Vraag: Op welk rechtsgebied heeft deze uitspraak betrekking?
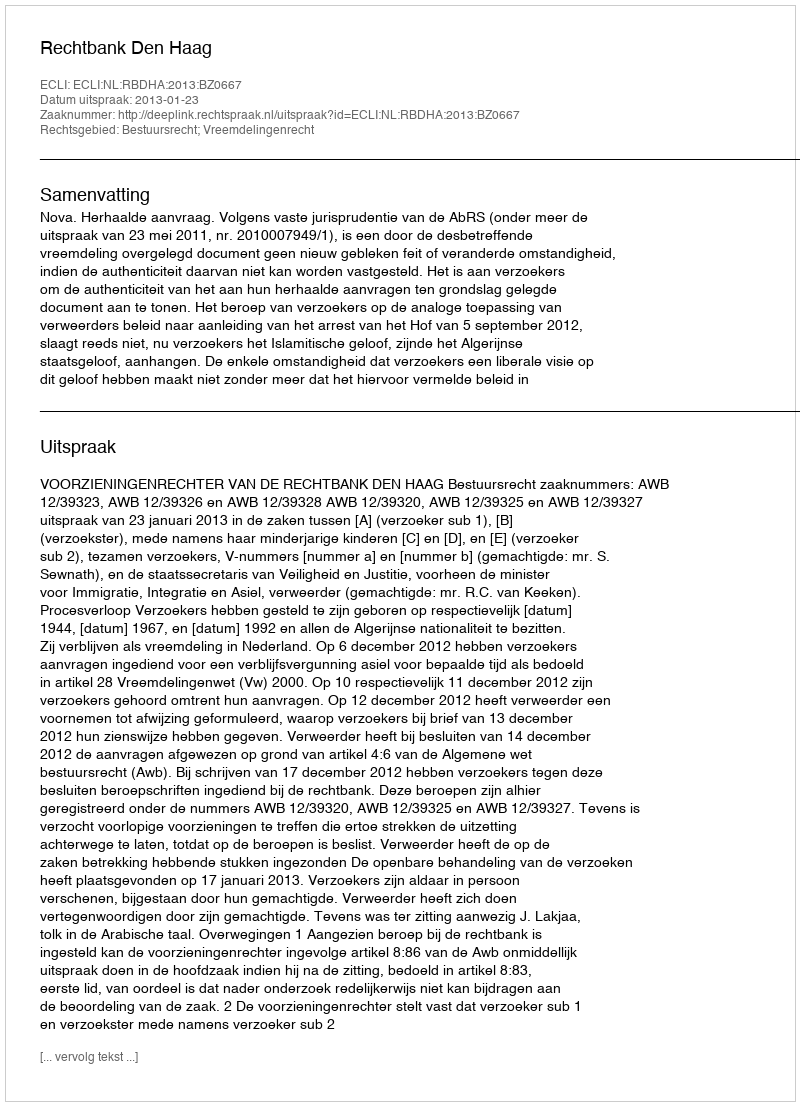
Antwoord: Bestuursrecht; Vreemdelingenrecht